Indian journal of veterinary science and animal husbandry - Volume 4,
Year: 1934
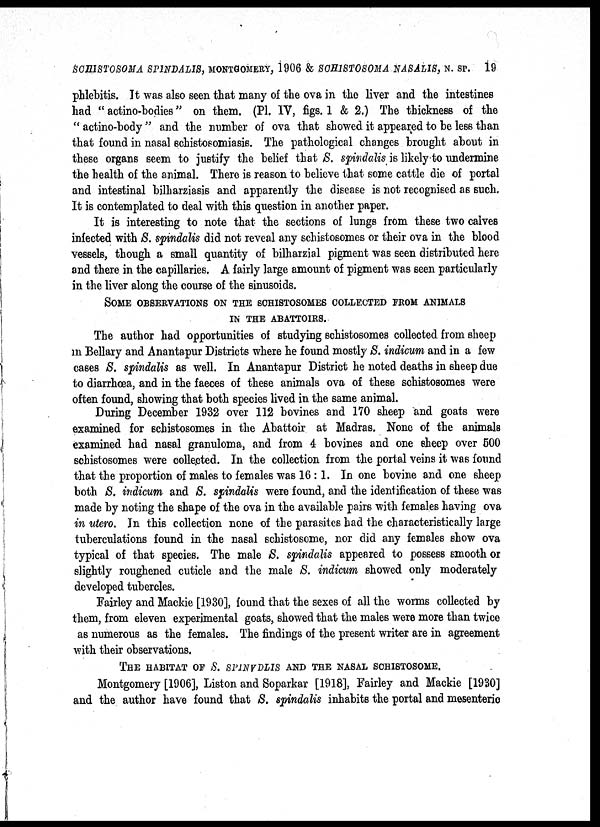
SCHISTOSOMA SPINDALIS, MONTGOMERY, 1906 & SCHISTOSOMA NASALIS, N. SP. 19
phlebitis. It was also seen that many of the ova in the liver and the intestines
had " actino-bodies" on them. (P1. IV, figs. 1 & 2.) The thickness of the
" actino-body " and the number of ova that showed it appeared to be less than
that found in nasal schistosomiasis. The pathological changes brought about in
these organs seem to justify the belief that S. spindalis is likely to undermine
the health of the animal. There is reason to believe that some cattle die of portal
and intestinal bilharziasis and apparently the disease is not recognised as such.
It is contemplated to deal with this question in another paper.
It is interesting to note that the sections of lungs from these two calves
infected with S. spindalis did not reveal any schistosomes or their ova in the blood
vessels, though a small quantity of bilharzial pigment was seen distributed here
and there in the capillaries. A fairly large amount of pigment was seen particularly
in the liver along the course of the sinusoids.
SOME OBSERVATIONS ON THE SCHISTOSOMES COLLECTED FROM ANIMALS
IN THE ABATTOIRS.
The author had opportunities of studying schistosomes collected from sheep
in Bellary and Anantapur Districts where he found mostly S. indicum and in a few
cases S. spindalis as well. In Anantapur District he noted deaths in sheep due
to diarrhœa, and in the faeces of these animals ova of these schistosomes were
often found, showing that both species lived in the same animal.
During December 1932 over 112 bovines and 170 sheep and goats were
examined for schistosomes in the Abattoir at Madras. None of the animals
examined had nasal granuloma, and from 4 bovines and one sheep over 500
schistosomes were collected. In the collection from the portal veins it was found
that the proportion of males to females was 16 :1. In one bovine and one sheep
both S. indicum and S. spindalis were found, and the identification of these was
made by noting the shape of the ova in the available pairs with females having ova
in utero. In this collection none of the parasites had the characteristically large
tuberculations found in the nasal schistosome, nor did any females show ova
typical of that species. The male S. spindalis appeared to possess smooth or
slightly roughened cuticle and the male S. indicum showed only moderately
developed tubercles.
Fairley and Mackie [1930], found that the sexes of all the worms collected by
them, from eleven experimental goats, showed that the males were more than twice
as numerous as the females. The findings of the present writer are in agreement
with their observations.
THE HABITAT OF S. SPINVDLIS AND THE NASAL SCHISTOSOME.
Montgomery [1906], Liston and Soparkar [1918], Fairley and Mackie [1930]
and the author have found that S. spindalis inhabits the portal and mesenteric